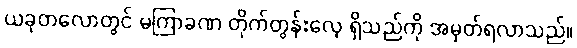
ယခုတလောတွင် မကြာခဏ တိုက်တွန်းလေ့ ရှိသည်ကို အမှတ်ရလာသည်။